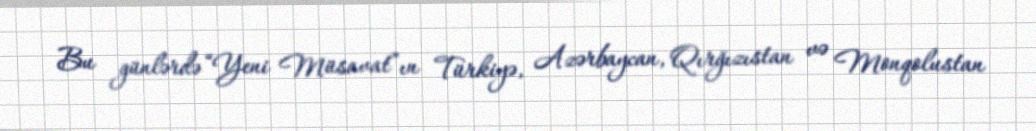
Bu günlərdə “Yeni Müsavat”ın Türkiyə, Azərbaycan, Qırğızıstan və Monqolustan